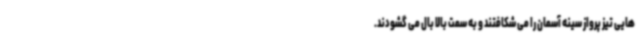
هایی تیز پرواز سینه آسمان را می شکافتند و به سمت بالا بال می گشودند.